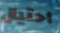
احتيال